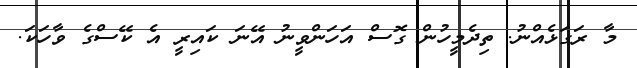
މާ ރަގަޅެއްނު. ތިދެމީހުން ގޮސް އަހަންވީނު އޭނަ ކައިރީ އެ ކޭސްގެ ވާހަކަ.